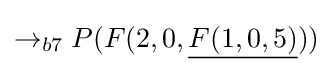
\rightarrow _{b7}P(F(2,0,{\underline {F(1,0,5)}}))